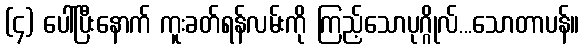
(၄) ပေါ်ပြီးနောက် ကူးခတ်ရန်လမ်းကို ကြည့်သောပုဂ္ဂိုလ်...သောတာပန်။